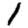
Digit: 1